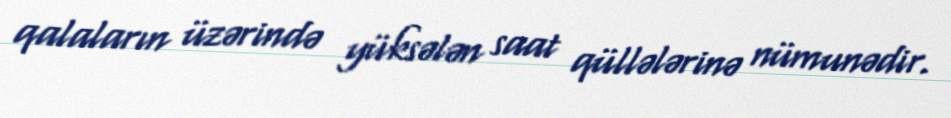
qalaların üzərində yüksələn saat qüllələrinə nümunədir.